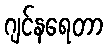
ဂျင်နရေတာ